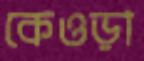
কেওড়া